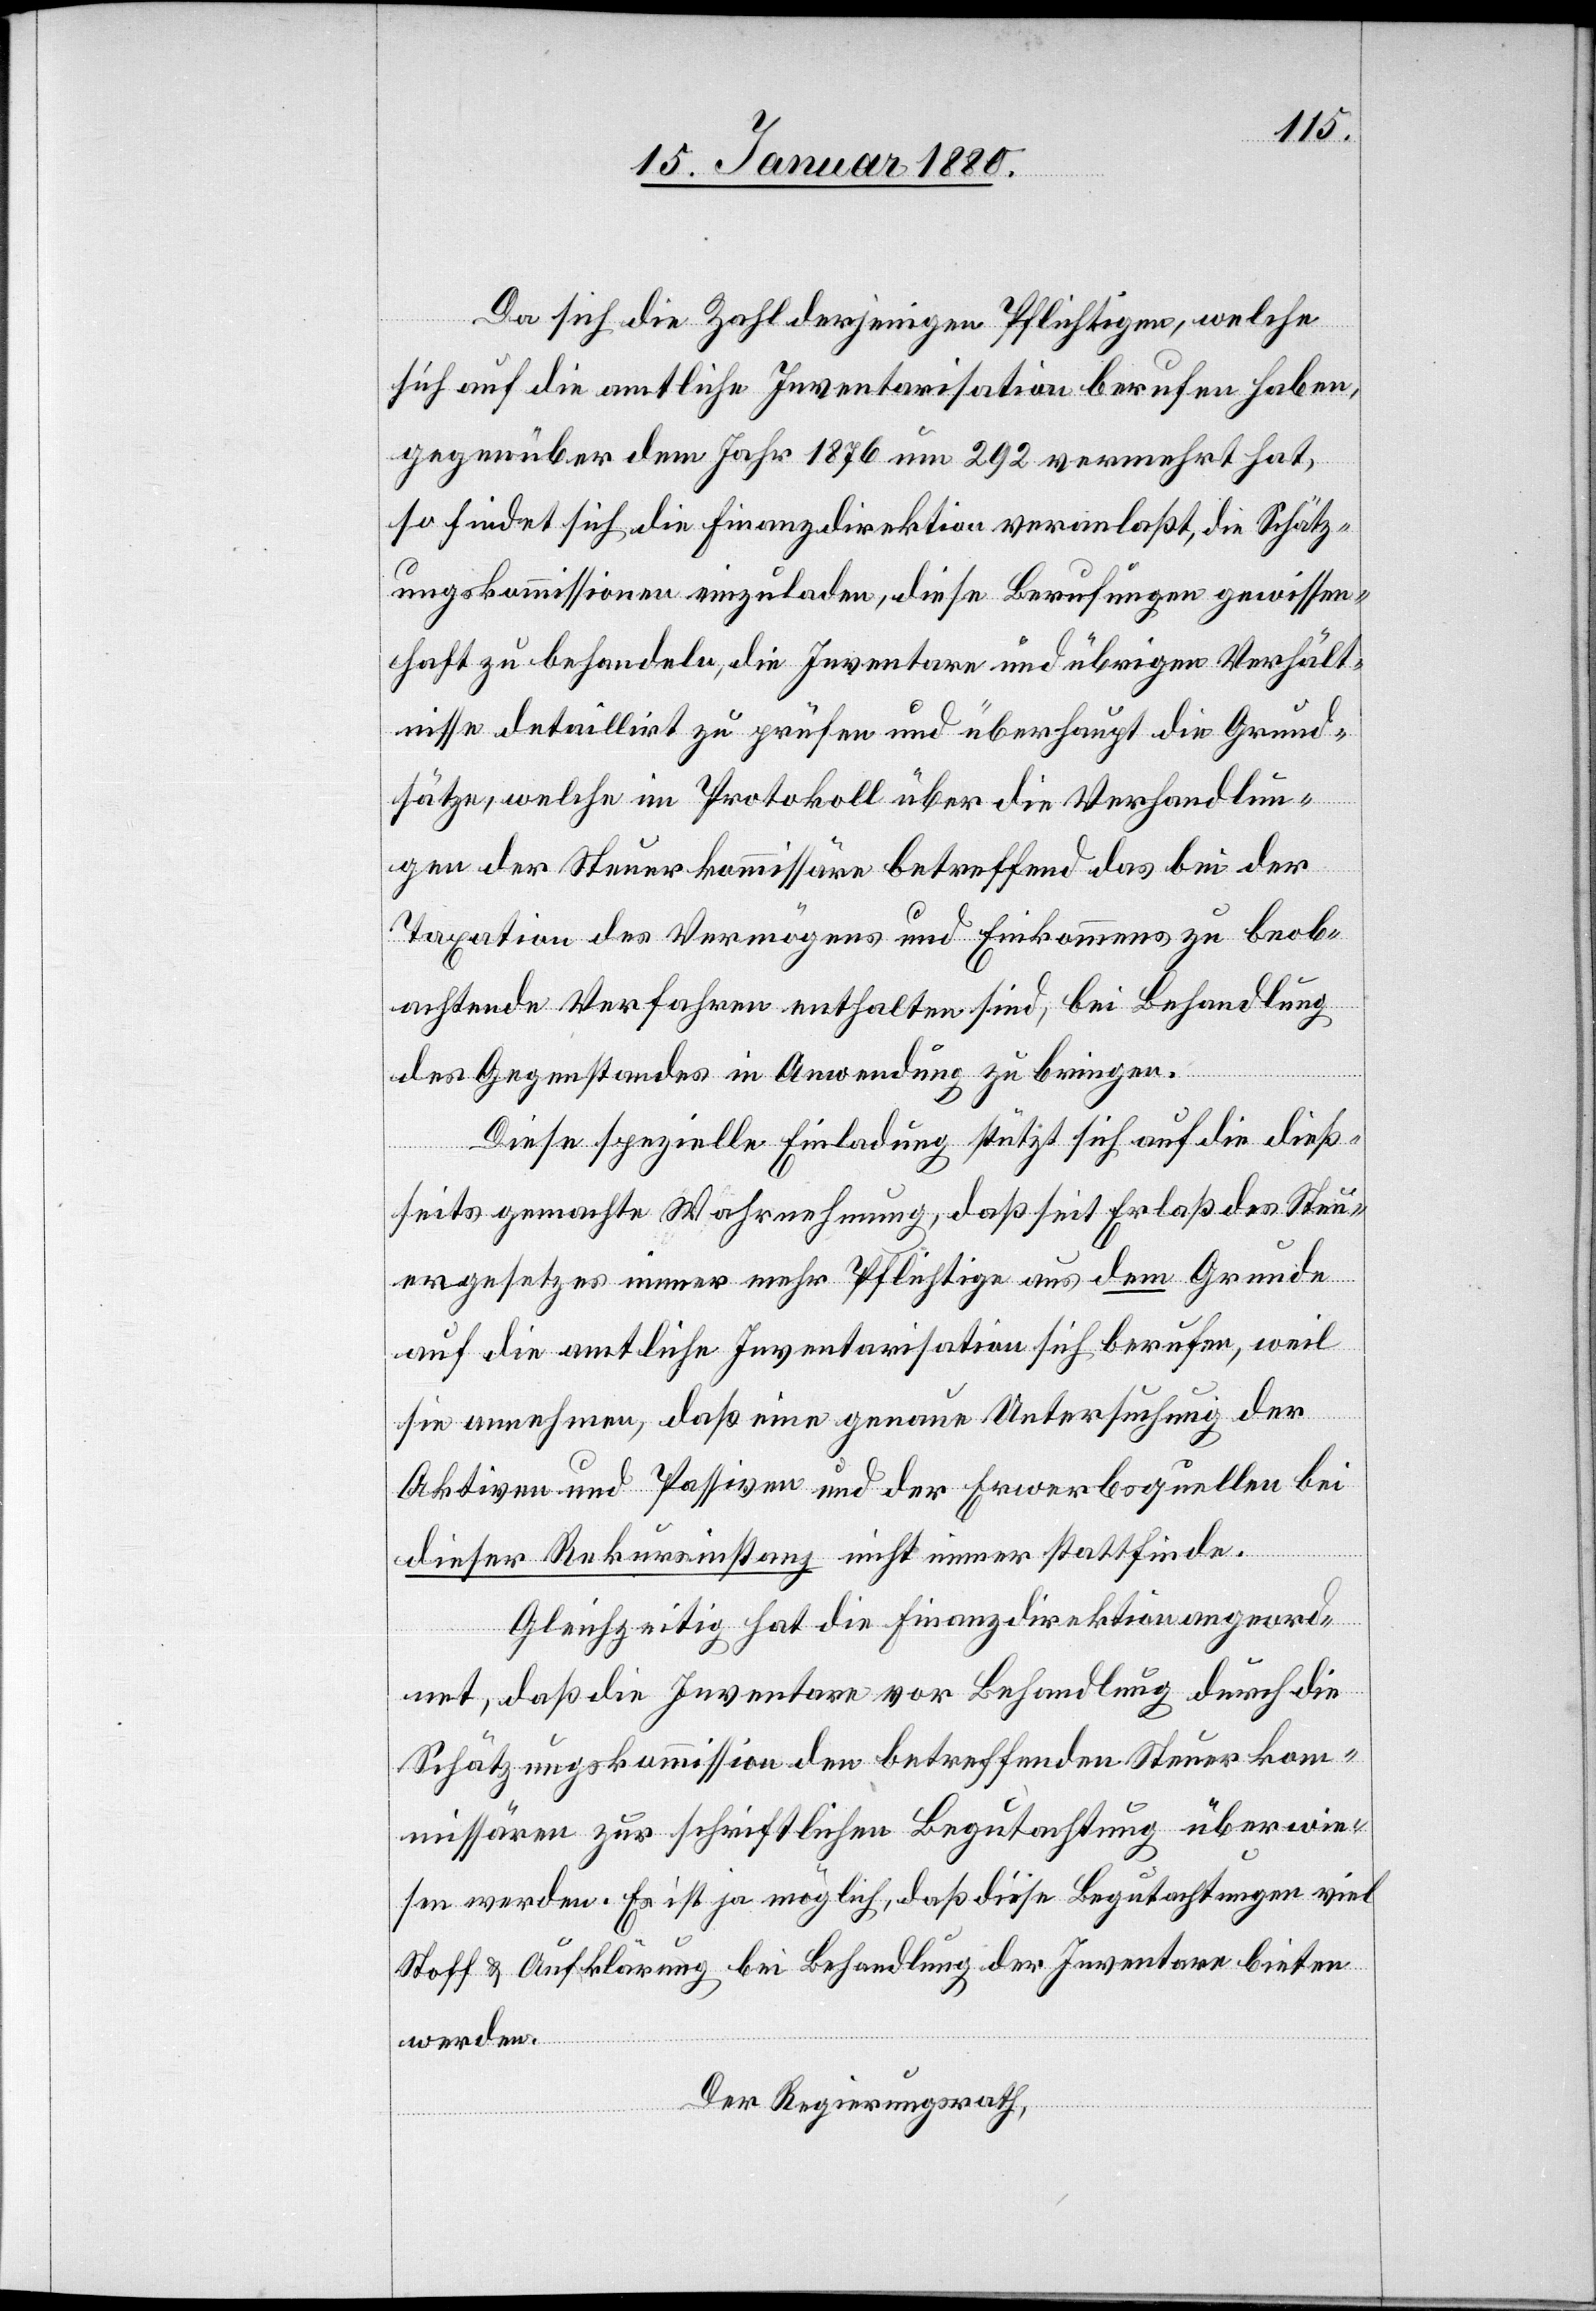
Da sich die Zahl derjenigen Pflichtigen, welche
sich auf die amtliche Inventarisation berufen haben,
gegenüber dem Jahr 1876 um 292 vermehrt hat,
so findet sich die Finanzdirektion veranlaßt, die Schätz¬
ungskommissionen einzuladen, diese Berufungen gewissen¬
haft zu behandeln, die Inventare und übrigen Verhält¬
nisse detaillirt zu prüfen und überhaupt die Grund¬
sätze, welche im Protokoll über die Verhandlun¬
gen der Steuerkommissäre betreffend das bei der
Taxation des Vermögens und Einkommens zu beob¬
achtende Verfahren enthalten sind, bei Behandlung
des Gegenstandes in Anwendung zu bringen.
Diese spezielle Einladung stützt sich auf die dieß¬
seits gemachte Wahrnehmung, daß seit Erlaß des Steu¬
ergesetzes immer mehr Pflichtige aus dem Grunde
auf die amtliche Inventarisation sich berufen, weil
sie annehmen, daß eine genaue Untersuchung der
Aktiven und Passiven und der Erwerbsquellen bei
dieser Rekursinstanz nicht immer stattfinde.
Gleichzeitig hat die Finanzdirektion angeord¬
net, daß die Inventare vor Behandlung durch die
Schätzungskommission den betreffenden Steuerkom¬
missären zur schriftlichen Begutachtung überwie¬
sen werden. Es ist ja möglich, daß diese Begutachtungen viel
Stoff & Aufklärung bei Behandlung der Inventare bieten
werden.
Der Regierungsrath,